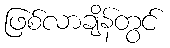
ဖြစ်လာချိန်တွင်